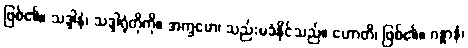
ဖြစ်၏။ သဒ္ဒါနံ၊ သဒ္ဒါရုံတိုကို။ အက္ခမော၊ သည်းမခံနိုင်သည်။ ဟောတိ၊ ဖြစ်၏။ ဂန္ဓာနံ၊